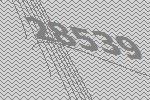
28539